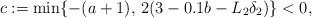
LaTeX: \begin{align*}c := \min\{-(a + 1),\, 2(3 - 0.1b - L_2 \delta_2)\} < 0,\end{align*}